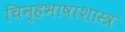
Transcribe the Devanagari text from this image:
चिन्हभाषाशास्त्र